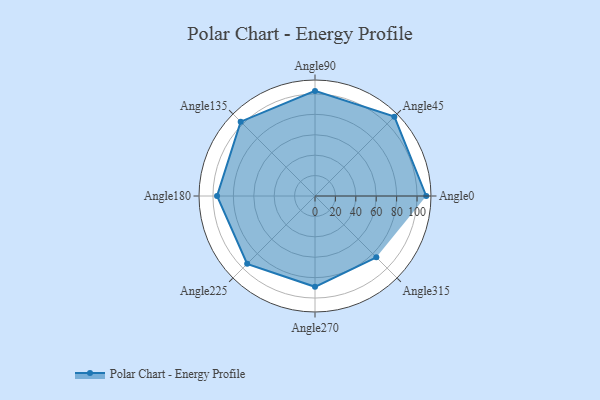
{"axis": {"x": "Angle", "y": "Radius"}, "legend": [""], "data": [{"x": "Angle0", "y": 109.0, "type": ""}, {"x": "Angle45", "y": 110.0, "type": ""}, {"x": "Angle90", "y": 103.0, "type": ""}, {"x": "Angle135", "y": 103.0, "type": ""}, {"x": "Angle180", "y": 96.0, "type": ""}, {"x": "Angle225", "y": 94.0, "type": ""}, {"x": "Angle270", "y": 89.0, "type": ""}, {"x": "Angle315", "y": 85.0, "type": ""}]}